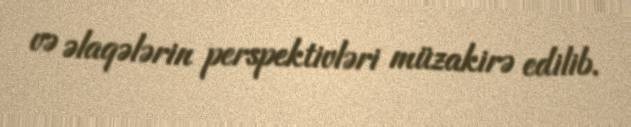
və əlaqələrin perspektivləri müzakirə edilib.